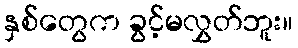
နှစ်တွေက ခွင့်မလွှတ်ဘူး။